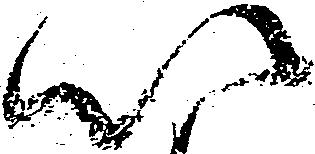
以